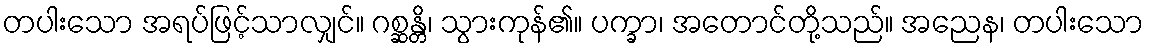
တပါးသော အရပ်ဖြင့်သာလျှင်။ ဂစ္ဆန္တိ၊ သွားကုန်၏။ ပက္ခာ၊ အတောင်တို့သည်။ အညေန၊ တပါးသော